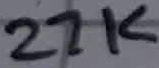
Text: 27K